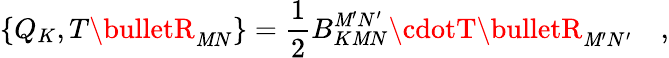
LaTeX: \left\{ Q_{K},T\bulletR_{\mathit{M}N}\right\} =\frac{1}{2}B_{K\mathit{M}N}^{\mathit{M}^{\prime}N^{\prime}}\cdotT\bulletR_{\mathit{M}^{\prime}N^{\prime}}\quad,